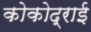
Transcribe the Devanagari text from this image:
कोकोद्राई